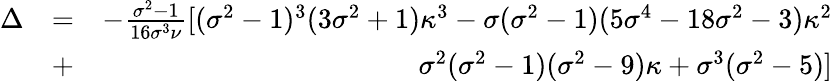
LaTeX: \begin{array}{rlr}{\Delta}&{=}&{-\frac{\sigma^{2}-1}{16\sigma^{3}\nu}[(\sigma^{2}-1)^{3}(3\sigma^{2}+1)\kappa^{3}-\sigma(\sigma^{2}-1)(5\sigma^{4}-18\sigma^{2}-3)\kappa^{2}}\\ &{+}&{\sigma^{2}(\sigma^{2}-1)(\sigma^{2}-9)\kappa+\sigma^{3}(\sigma^{2}-5)]}\end{array}